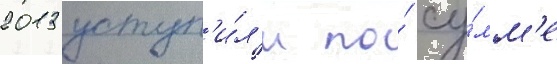
2013 уступ'и́л'и по́ су́мм'е